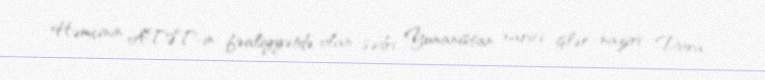
Həmçinin ATƏT-in fəaliyyətdə olan sədri, Yunanıstan xarici işlər naziri Dora